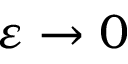
\varepsilon \to 0